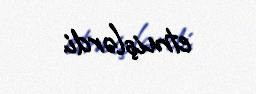
etmişlərdi.